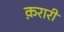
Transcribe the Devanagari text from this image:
क़रारी